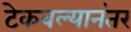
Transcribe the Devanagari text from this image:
टेकवल्यानंतर